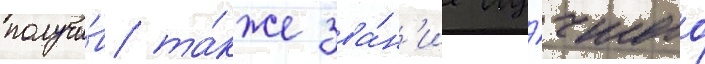
получи́в та́кже зва́н'ие лу́чшего